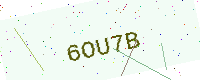
Text: 6OU7B